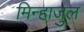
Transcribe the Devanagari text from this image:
मिन्हाजुल